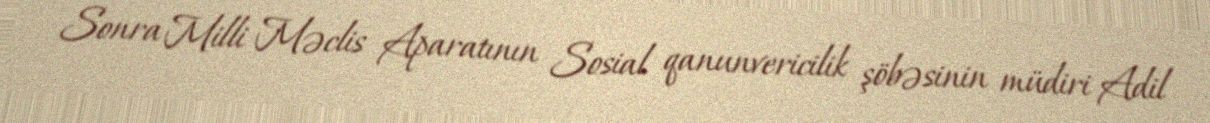
Sonra Milli Məclis Aparatının Sosial qanunvericilik şöbəsinin müdiri Adil